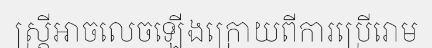
ស្ត្រីអាចលេចឡើងក្រោយពីការប្រើរោម